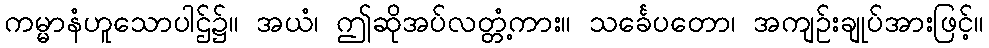
ကမ္မာနံဟူသောပါဌ်၌။ အယံ၊ ဤဆိုအပ်လတ္တံ့ကား။ သင်္ခေပတော၊ အကျဉ်းချုပ်အားဖြင့်။